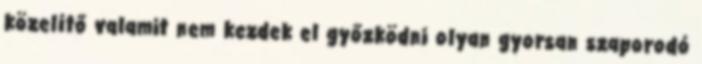
közelítő valamit nem kezdek el győzködni olyan gyorsan szaporodó